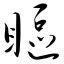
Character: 眍